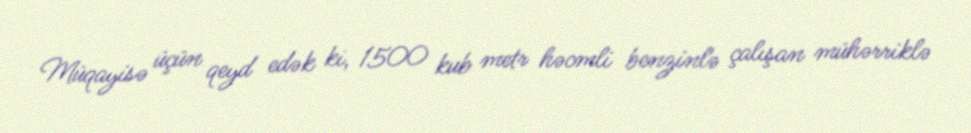
Müqayisə üçün qeyd edək ki, 1500 kub metr həcmli benzinlə çalışan mühərriklə